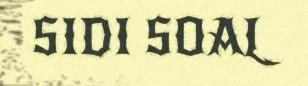
SIDI SOAL